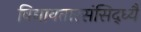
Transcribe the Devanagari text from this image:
विद्यावतारसंसिद्ध्यै